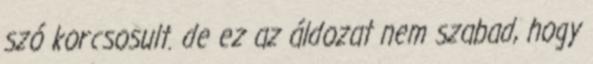
szó korcsosult. de ez az áldozat nem szabad, hogy